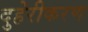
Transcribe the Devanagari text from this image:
दुहेरीकरण